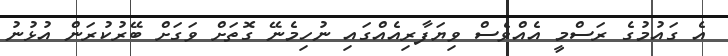
އެ ގައުމުގެ ރަސްމީ އެއްވެސް ވިޔަފާރިއެއްގައި ނުހިމެނޭ ގޮތަށް ވަގަށް ބޭރުކުރަން އުޅުނު